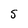
Character: S